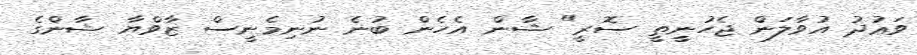
ވަޢުދު އުވާލަން ޖެހުނީތީ ސޮރީ" ޝާން އެހެން ބުނެ ނުނިމެނީސް ޒާވްޔާ ޝާންގެ